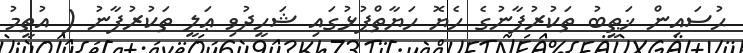
ޙުސައިން ޚަޠީބު ތަކުރުފާނުގެ ހެޔޮ ހަޔާތްޕުޅުގައި ޝަހީދުވި ޢަލީ ތަކުރުފާނު ( އުތީމު